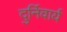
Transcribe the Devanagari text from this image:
दुर्निवार्य